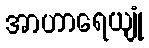
အာဟာရေယျုံ